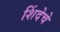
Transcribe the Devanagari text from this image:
शिंदेचे